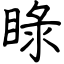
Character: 睩